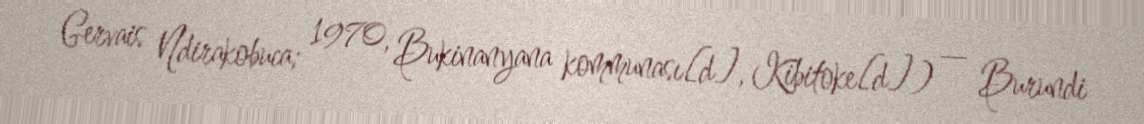
Gervais Ndirakobuca; 1970, Bukinanyana kommunası[d], Kibitoke[d]) — Burundi